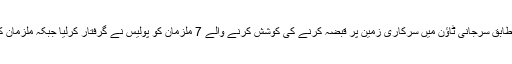
دوسری جانب ایس پی اورنگی عابد علی بلوچ کے مطابق سرجانی ٹاؤن میں سرکاری زمین پر قبضہ کرنے کی کوشش کرنے والے 7 ملزمان کو پولیس نے گرفتار کرلیا جبکہ ملزمان کا ایک ساتھی مولانا عبدالرحیم موقع سے فرار ہوگیا۔